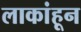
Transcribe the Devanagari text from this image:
लाकांहून